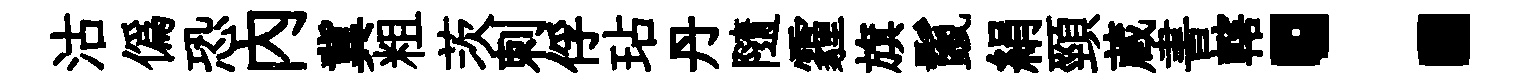
沽偽恐內冀粗茨刺俘玷丹隨霾旗鬣絹頸蔵書轄：